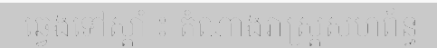
ឆ្វេងទៅស្តាំ ៖ តំណាងរាស្ត្រសហព័ន្ធ